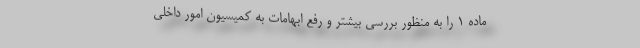
ماده ۱ را به منظور بررسی بیشتر و رفع ابهامات به کمیسیون امور داخلی